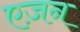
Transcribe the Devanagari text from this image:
एज़न